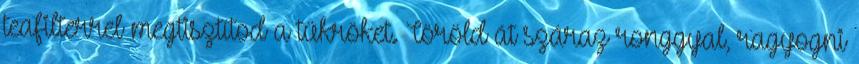
teafilterrel megtisztítod a tükröket. Töröld át száraz ronggyal, ragyogni